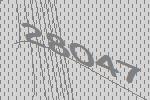
28047